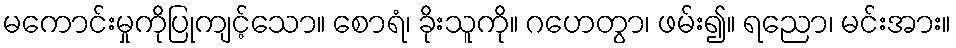
မကောင်းမှုကိုပြုကျင့်သော။ စောရံ၊ ခိုးသူကို။ ဂဟေတွာ၊ ဖမ်း၍။ ရညော၊ မင်းအား။